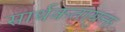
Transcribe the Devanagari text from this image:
सार्थकतायुक्त